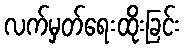
လက်မှတ်ရေးထိုးခြင်း